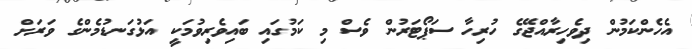
އެހެންކަމުން ދިވެހިރާއްޖޭގެ ހުރިހާ ސަޕޯޓަރުން ވެސް މި ކަމުގައި ބައިވެރިވުމަކީ އަޅުގަނޑުމެންގެ ވަރަށް